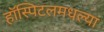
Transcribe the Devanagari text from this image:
हॉस्पिटलमधल्या